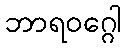
ဘာရဝဂ္ဂေါ